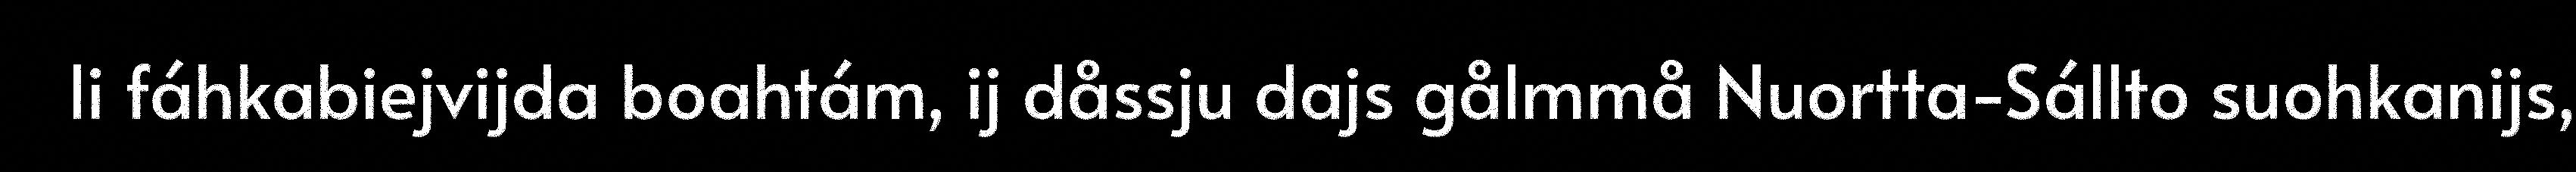
li fáhkabiejvijda boahtám, ij dåssju dajs gålmmå Nuortta-Sállto suohkanijs,